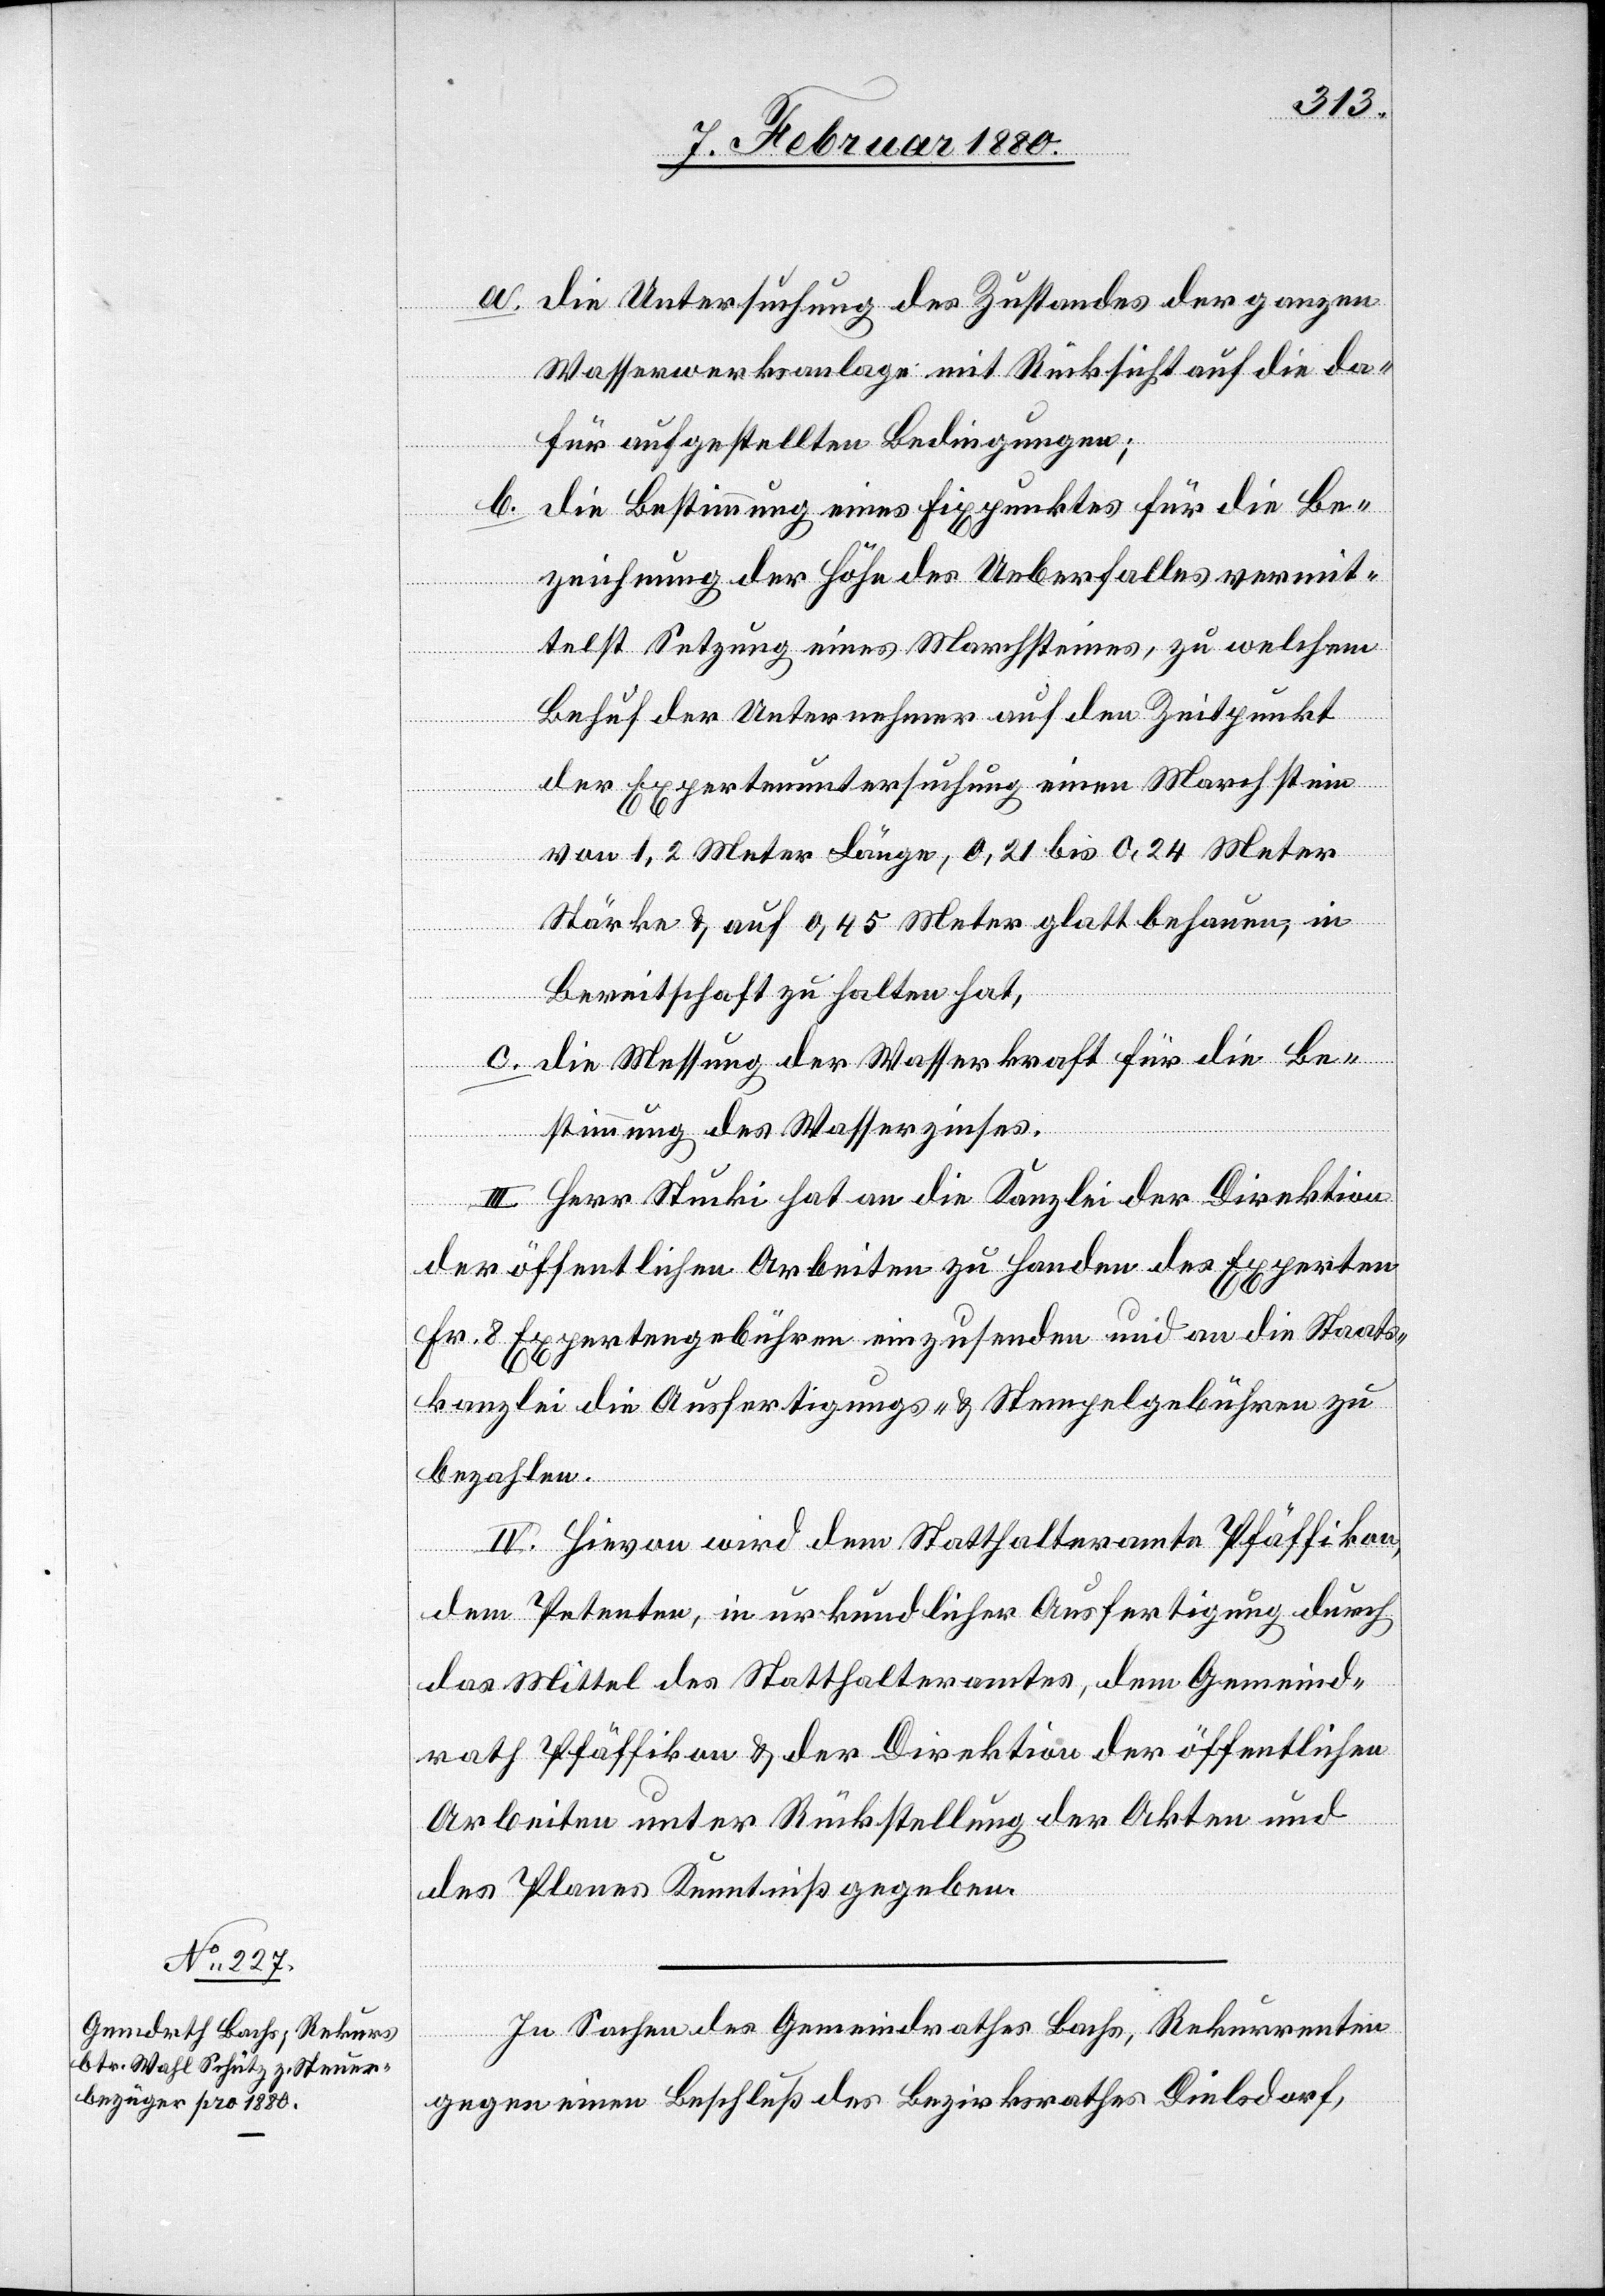
a. die Untersuchung des Zustandes der ganzen
Wasserwerksanlage mit Rücksicht auf die da¬
für aufgestellten Bedingungen;
die Bestimmung eines Fixpunktes für die Be¬
b.
zeichnung der Höhe des Ueberfalles vermit¬
telst Setzung eines Marchsteines, zu welchem
Behuf der Unternehmer auf den Zeitpunkt
der Expertenuntersuchung einen Marchstein
von 1,2 Meter Länge, 0,21 bis 0,24 Meter
Stärke & auf 0,45 Meter glatt behauen, in
Bereitschaft zu halten hat,
c. Die Messung der Wasserkraft für die Be¬
stimmung des Wasserzinses.
III. Herr Stucki hat an die Kanzlei der Direktion
der öffentlichen Arbeiten zu Handen des Experten
Fr. 8 Expertengebühren einzusenden und an die Staats¬
kanzlei die Ausfertigungs- & Stempelgebühren zu
bezahlen.
IV. Hievon wird dem Statthalteramte Pfäffikon,
dem Petenten, in urkundlicher Ausfertigung durch
das Mittel des Statthalteramtes, dem Gemeind¬
rath Pfäffikon & der Direktion der öffentlichen
Arbeiten unter Rückstellung der Akten und
des Planes Kenntniß gegeben.
In Sachen des Gemeindrathes Bachs, Rekurrenten
gegen einen Beschluß des Bezirksrathes Dielsdorf,